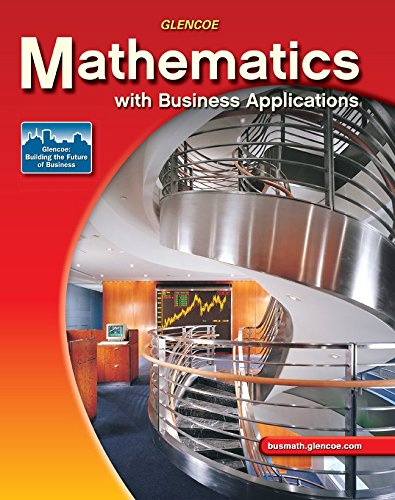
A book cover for Mathematics with Business Applications, Student Edition; McGraw-Hill Education; Business & Money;